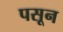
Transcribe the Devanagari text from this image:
पसून